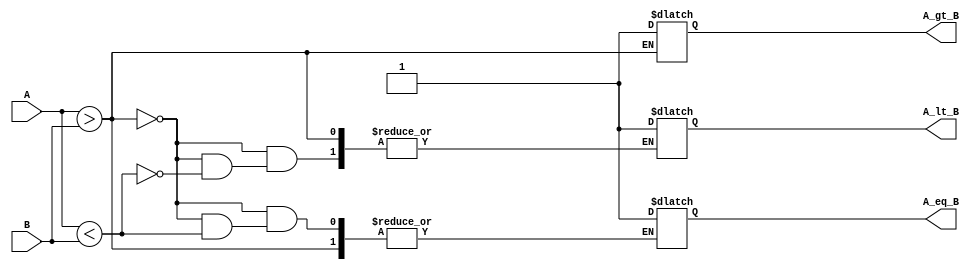
// minecraft reference ???
module comparator(
  input  [3:0] A, B,
  output reg   A_eq_B, A_gt_B, A_lt_B
);
  initial begin
    if (A > B) begin
      A_gt_B = 1;
    end else if (A < B) begin
      A_lt_B = 1;
    end else begin
      A_eq_B = 1;
    end
  end
endmodule